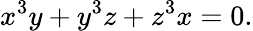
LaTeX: x^{3}y+y^{3}z+z^{3}x=0.